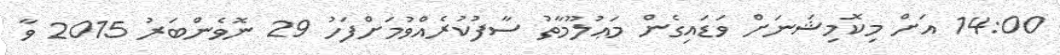
14:00 އަށް މިކޮމިޝަނަށް ވަޑައިގެން މަޢުލޫމާތު ސާފުކުރެއްވުމަށްފަހު 29 ނޮވެންބަރު 2015 ވާ